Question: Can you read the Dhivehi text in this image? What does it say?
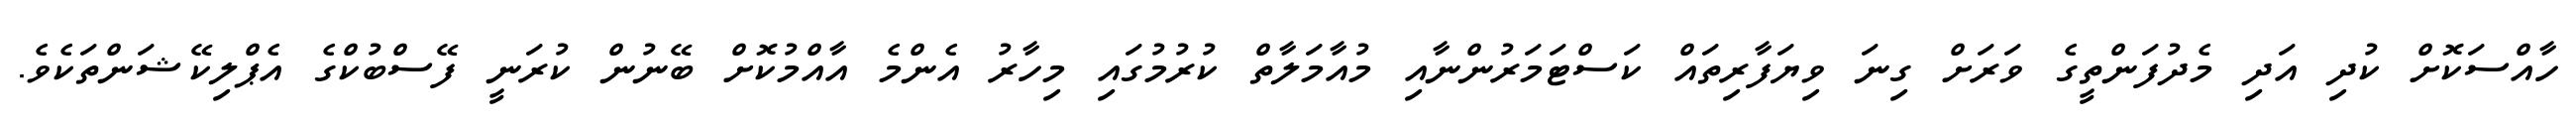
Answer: ހާއްސަކޮށް ކުދި އަދި މެދުފަންތީގެ ވަރަށް ގިނަ ވިޔަފާރިތައް ކަސްޓަމަރުންނާއި މުއާމަލާތް ކުރުމުގައި މިހާރު އެންމެ އާއްމުކޮށް ބޭނުން ކުރަނީ ފޭސްބުކްގެ އެޕްލިކޭޝަންތަކެވެ.